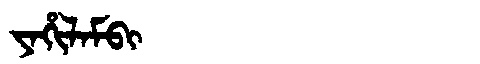
Manchu: ᠶᠠᡥᡳᠯᠠᠮᠪᡳ
Romanization: YAHILAMBI